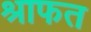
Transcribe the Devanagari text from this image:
श्राफत